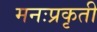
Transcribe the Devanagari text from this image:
मनःप्रकृती